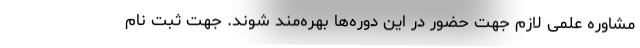
مشاوره علمی لازم جهت حضور در این دوره‌ها بهره‌مند شوند. جهت ثبت نام